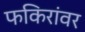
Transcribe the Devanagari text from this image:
फकिरांवर